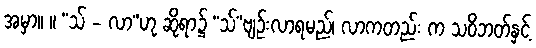
အမှာ။ ။ “သ် - လာ”ဟု ဆိုရာ၌ “သ်”ဗျဉ်းလာရမည်၊ လာကတည်း က သဝိဘတ်နှင့်